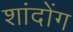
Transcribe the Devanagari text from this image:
शांदोंग